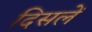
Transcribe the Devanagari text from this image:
दिसलें